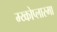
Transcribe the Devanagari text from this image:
म्य्कोप्लास्मा